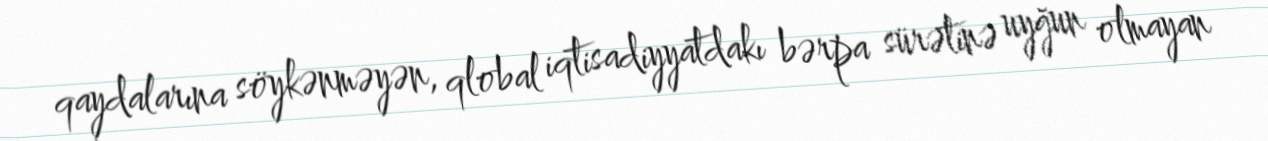
qaydalarına söykənməyən, qlobal iqtisadiyyatdakı bərpa sürətinə uyğun olmayan